Preliminary report of a malaria survey of Calcutta and environs
Disease focus: Malaria
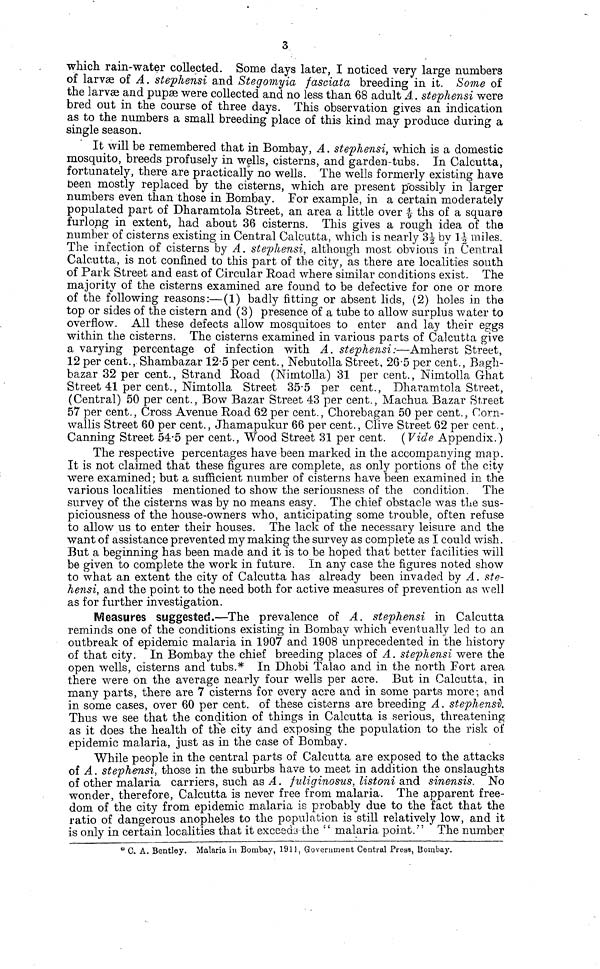
3
which rain-water collected. Some days later, I noticed very large numbers
of larvae of A. stephensi and Stegomyia fasciata breeding in it. Some of
the larvae and pupae were collected and no less than 68 adult A. stephensi were
bred out in the course of three days. This observation gives an indication
as to the numbers a small breeding place of this kind may produce during a
single season.
It will be remembered that in Bombay, A. stephensi, which is a domestic
mosquito, breeds profusely in wells, cisterns, and garden-tubs. In Calcutta,
fortunately, there are practically no wells. The wells formerly existing have
been mostly replaced by the cisterns, which are present possibly in larger
numbers even than those in Bombay. For example, in a certain moderately
populated part of Dharamtola Street, an area a little over 4/9 ths of a square
furlong in extent, had about 36 cisterns. This gives a rough idea of the
number of cisterns existing in Central Calcutta, which is nearly 3 1/2 by 1 1/2 miles.
The infection of cisterns by A. stephensi, although most obvious in Central
Calcutta, is not confined to this part of the city, as there are localities south
of Park Street and east of Circular Road where similar conditions exist. The
majority of the cisterns examined are found to be defective for one or more
of the following reasons:—(1) badly fitting or absent lids, (2) holes in the
top or sides of the cistern and (3) presence of a tube to allow surplus water to
overflow. All these defects allow mosquitoes to enter and lay their eggs
within the cisterns. The cisterns examined in various parts of Calcutta give
a varying percentage of infection with A. stephensi:—Amherst Street,
12 per cent., Shambazar 12.5 per cent., Nebutolla Street, 26.5 per cent., Bagh-
bazar 32 per cent., Strand Road (Nimtolla) 31 per cent., Nimtolla Ghat
Street 41 per cent., Nimtolla Street 35.5 per cent., Dharamtola Street,
(Central) 50 per cent., Bow Bazar Street 43 per cent., Machua Bazar Street
57 per cent., Cross Avenue Road 62 per cent., Chorebagan 50 per cent., Corn-
wallis Street 60 per cent., Jhamapukur 66 per cent., Clive Street 62 per cent.,
Canning Street 54.5 per cent., "Wood Street 31 per cent. (Vide Appendix.)
The respective percentages have been marked in the accompanying map.
It is not claimed that these figures are complete, as only portions of the city
were examined; but a sufficient number of cisterns have been examined in the
various localities mentioned to show the seriousness of the condition. The
survey of the cisterns was by no means easy. The chief obstacle was the sus-
piciousness of the house-owners who, anticipating some trouble, often refuse
to allow us to enter their houses. The lack of the necessary leisure and the
want of assistance prevented my making the survey as complete as I could wish.
But a beginning has been made and it is to be hoped that better facilities will
be given to complete the work in future. In any case the figures noted show
to what an extent the city of Calcutta has already been invaded by A. ste-
hensi, and the point to the need both for active measures of prevention as well
as for further investigation.
Measures suggested.—The prevalence of A. stephensi in Calcutta
reminds one of the conditions existing in Bombay which eventually led to an
outbreak of epidemic malaria in 1907 and 1908 unprecedented in the history
of that city. In Bombay the chief breeding places of A. stephensi were the
open wells, cisterns and tubs.* In Dhobi Talao and in the north Fort area
there were on the average nearly four wells per acre. But in Calcutta, in
many parts, there are 7 cisterns for every acre and in some parts more; and
in some cases, over 60 per cent. of these cisterns are breeding A. Stephensv.
Thus we see that the condition of things in Calcutta is serious, threatening
as it does the health of the city and exposing the population to the risk of
epidemic malaria, just as in the case of Bombay.
While people in the central parts of Calcutta are exposed to the attacks
of A. stephensi, those in the suburbs have to meet in addition the onslaughts
of other malaria carriers, such as A. fuliginosus, listoni and sinensis. No
wonder, therefore, Calcutta is never free from malaria. The apparent free-
dom of the city from epidemic malaria is probably due to the fact that the
ratio of dangerous anopheles to the population is still relatively low, and it
is only in certain localities that it exceeds the " malaria point." The number
* C. A. Bentley. Malaria in Bombay, 1911, Government Central Press, Bombay.